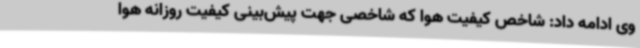
وی ادامه داد: شاخص کیفیت هوا که شاخصی جهت پیش‌بینی کیفیت روزانه هوا